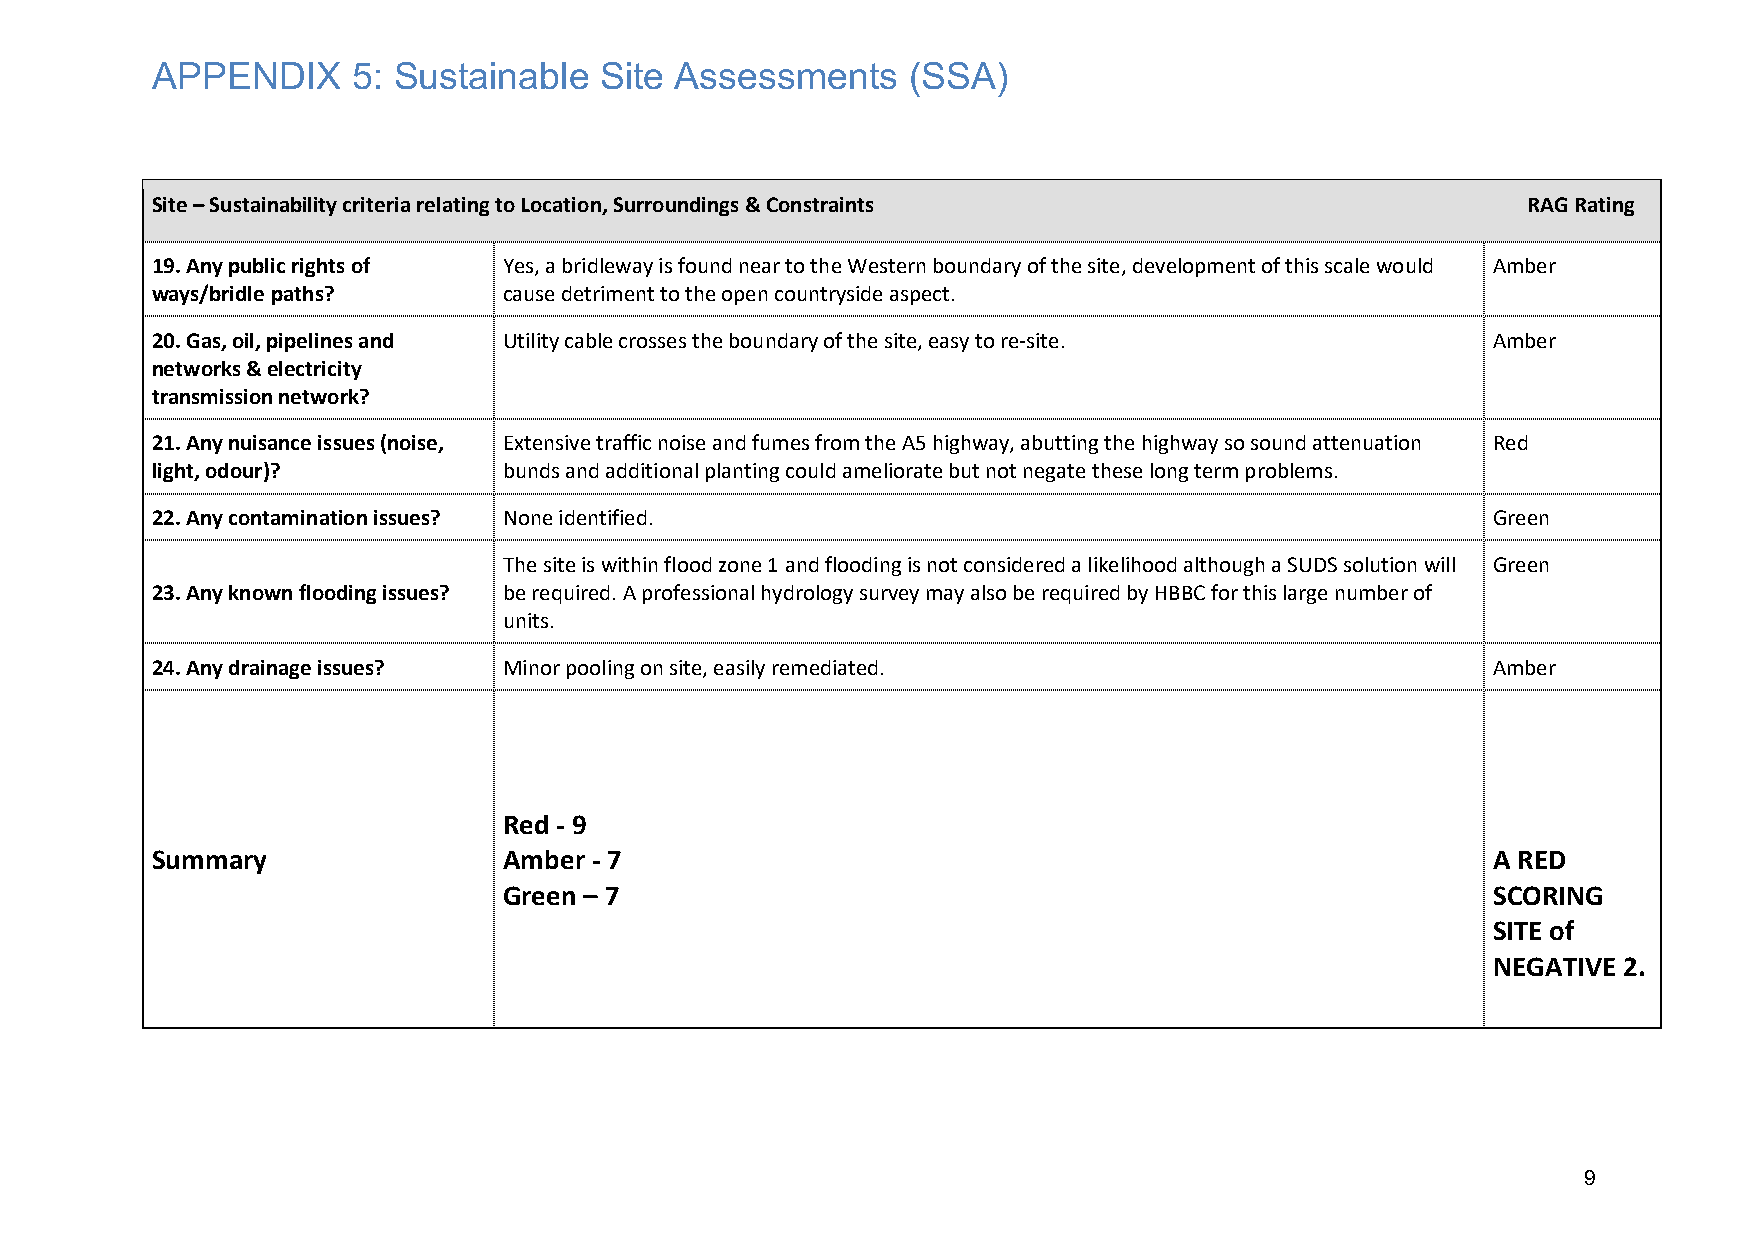
APPENDIX     5: Sustainable   Site Assessments    (SSA)
 Site – Sustainability criteria relating to Location, Surroundings & Constraints            RAG Rating
 19. Any public rights of Yes, a bridleway is found near to the Western boundary of the site, development of this scale would Amber
 ways/bridle paths?     cause detriment to the open countryside aspect.
 20. Gas, oil, pipelines and Utility cable crosses the boundary of the site, easy to re-site. Amber
 networks & electricity
 transmission network?
 21. Any nuisance issues (noise, Extensive traffic noise and fumes from the A5 highway, abutting the highway so sound attenuation Red
 light, odour)?         bunds and additional planting could ameliorate but not negate these long term problems.
 22. Any contamination issues? None identified.                                           Green
 The site is within flood zone 1 and flooding is not considered a likelihood although a SUDS solution will Green
 23. Any known flooding issues? be required. A professional hydrology survey may also be required by HBBC for this large number of
 units.
 24. Any drainage issues? Minor pooling on site, easily remediated.                       Amber
 Red - 9
 Summary                Amber - 7                                                         A RED
 Green – 7                                                         SCORING
 SITE of
 NEGATIVE 2.
 9